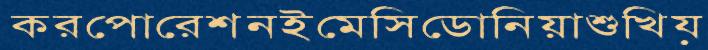
করপোরেশনইমেসিডোনিয়াশুখিয়